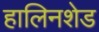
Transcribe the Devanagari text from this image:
हालिनशेड